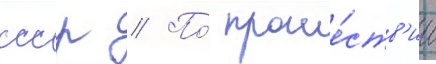
ссср // По́ проше́ств'ии